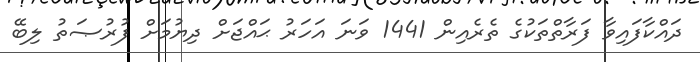
ދައްކާފައިވާ ފަރާތްތަކުގެ ތެރެއިން 1441 ވަނަ އަހަރު ޙައްޖަށް ދިޔުމަށް ފުރުޞަތު ލިބޭ